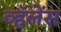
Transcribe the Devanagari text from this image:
व्हॅलेंस